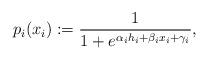
LaTeX: \begin{align*}p_i(x_i) := \frac{1}{1+e^{\alpha_i h_i+\beta_i x_i+\gamma_i}}, \end{align*}